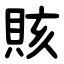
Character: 賅